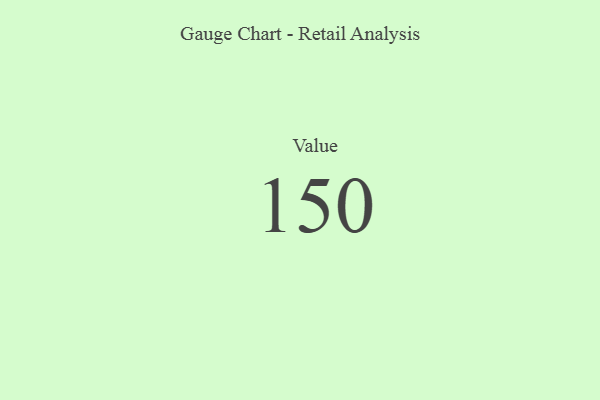
{"axis": {"x": "Metric", "y": "Value"}, "legend": [""], "data": [{"x": "Value", "y": 150, "type": ""}]}